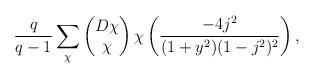
LaTeX: \begin{align*}\frac{q}{q-1}\sum_{\chi}\begin{pmatrix} D \chi \\ \chi \end{pmatrix}\chi\left(\frac{-4 j^2}{(1+ y^2)(1-j^2)^2}\right),\end{align*}